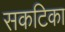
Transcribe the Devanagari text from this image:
सकटिका